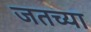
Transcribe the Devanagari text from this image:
जतच्या